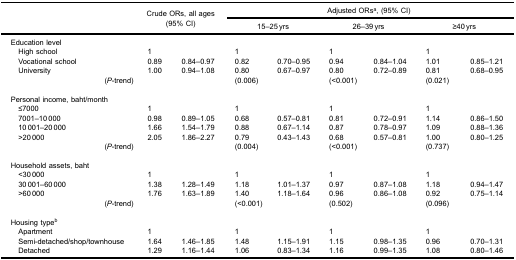
<table><thead><tr><td rowspan="3"><b> </b></td><td rowspan="3" colspan="2"><b>Crude ORs, all ages(95% CI)</b></td><td colspan="6"><b>Adjusted ORs<sup>a</sup>, (95% CI)</b></td></tr><tr><td colspan="2"><b>15–25 yrs</b></td><td colspan="2"><b>26–39 yrs</b></td><td colspan="2"><b>≥40 yrs</b></td></tr></thead><tbody><tr><td>Education level</td><td> </td><td> </td><td> </td><td> </td><td> </td><td> </td><td> </td><td> </td></tr><tr><td> High school</td><td>1</td><td> </td><td>1</td><td> </td><td>1</td><td> </td><td>1</td><td> </td></tr><tr><td> Vocational school</td><td>0.89</td><td>0.84–0.97</td><td>0.82</td><td>0.70–0.95</td><td>0.94</td><td>0.84–1.04</td><td>1.01</td><td>0.85–1.21</td></tr><tr><td> University</td><td>1.00</td><td>0.94–1.08</td><td>0.80</td><td>0.67–0.97</td><td>0.80</td><td>0.72–0.89</td><td>0.81</td><td>0.68–0.95</td></tr><tr><td>(<i>P</i>-trend)</td><td> </td><td> </td><td>(0.006)</td><td> </td><td>(&lt;0.001)</td><td> </td><td>(0.021)</td><td> </td></tr><tr><td colspan="9"> </td></tr><tr><td>Personal income, baht/month</td><td> </td><td> </td><td> </td><td> </td><td> </td><td> </td><td> </td><td> </td></tr><tr><td> ≤7000</td><td>1</td><td> </td><td>1</td><td> </td><td>1</td><td> </td><td>1</td><td> </td></tr><tr><td> 7001–10 000</td><td>0.98</td><td>0.89–1.05</td><td>0.68</td><td>0.57–0.81</td><td>0.81</td><td>0.72–0.91</td><td>1.14</td><td>0.86–1.50</td></tr><tr><td> 10 001–20 000</td><td>1.66</td><td>1.54–1.79</td><td>0.88</td><td>0.67–1.14</td><td>0.87</td><td>0.78–0.97</td><td>1.09</td><td>0.88–1.36</td></tr><tr><td> &gt;20 000</td><td>2.05</td><td>1.86–2.27</td><td>0.79</td><td>0.43–1.43</td><td>0.68</td><td>0.57–0.81</td><td>1.00</td><td>0.80–1.25</td></tr><tr><td>(<i>P</i>-trend)</td><td> </td><td> </td><td>(0.004)</td><td> </td><td>(&lt;0.001)</td><td> </td><td>(0.737)</td><td> </td></tr><tr><td colspan="9"> </td></tr><tr><td>Household assets, baht</td><td> </td><td> </td><td> </td><td> </td><td> </td><td> </td><td> </td><td> </td></tr><tr><td> &lt;30 000</td><td>1</td><td> </td><td>1</td><td> </td><td>1</td><td> </td><td>1</td><td> </td></tr><tr><td> 30 001–60 000</td><td>1.38</td><td>1.28–1.49</td><td>1.18</td><td>1.01–1.37</td><td>0.97</td><td>0.87–1.08</td><td>1.18</td><td>0.94–1.47</td></tr><tr><td> &gt;60 000</td><td>1.76</td><td>1.63–1.89</td><td>1.40</td><td>1.18–1.64</td><td>0.96</td><td>0.86–1.08</td><td>0.92</td><td>0.75–1.14</td></tr><tr><td>(<i>P</i>-trend)</td><td> </td><td> </td><td>(&lt;0.001)</td><td> </td><td>(0.502)</td><td> </td><td>(0.096)</td><td> </td></tr><tr><td colspan="9"> </td></tr><tr><td>Housing type<sup>b</sup></td><td> </td><td> </td><td> </td><td> </td><td> </td><td> </td><td> </td><td> </td></tr><tr><td> Apartment</td><td>1</td><td> </td><td>1</td><td> </td><td>1</td><td> </td><td>1</td><td> </td></tr><tr><td> Semi-detached/shop/townhouse</td><td>1.64</td><td>1.46–1.85</td><td>1.48</td><td>1.15–1.91</td><td>1.15</td><td>0.98–1.35</td><td>0.96</td><td>0.70–1.31</td></tr><tr><td> Detached</td><td>1.29</td><td>1.16–1.44</td><td>1.06</td><td>0.83–1.34</td><td>1.16</td><td>0.99–1.35</td><td>1.08</td><td>0.80–1.46</td></tr></tbody></table>